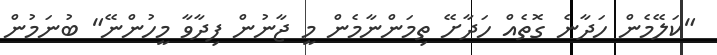
"ކަލޭމެން ހަދާނެ ގޮތެއް ހަދާށޭ ތިމަންނާމެން މީ ޖާނުން ފިދާވާ މީހުންނޭ" ބުނަމުން